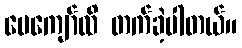
ပေကျော်ထိ တက်ခဲ့ပါတယ်။